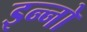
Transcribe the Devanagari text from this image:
इन्नो